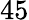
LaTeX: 45